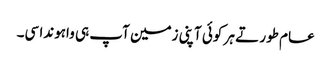
عام طور تے ہر کوئی آپنی زمین آپ ہی واہوندا سی۔